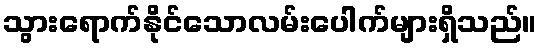
သွားရောက်နိုင်သောလမ်းပေါက်များရှိသည်။